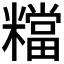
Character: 𥼽